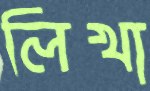
লিখা